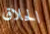
الحلاق